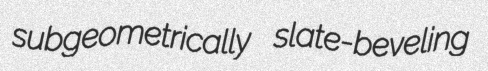
subgeometrically slate-beveling